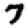
Digit: 7